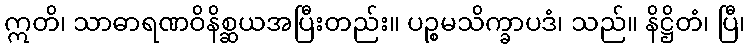
ဣတိ၊ သာဓာရဏဝိနိစ္ဆယအပြီးတည်း။ ပဉ္စမသိက္ခာပဒံ၊ သည်။ နိဋ္ဌိတံ၊ ပြီ၊